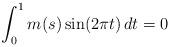
LaTeX: \begin{align*}\int_{0}^{1} m(s)\sin(2\pi t)\,dt = 0\end{align*}